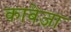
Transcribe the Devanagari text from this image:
काबेज़ा